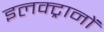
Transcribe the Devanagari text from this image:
इलक्ट्रानों